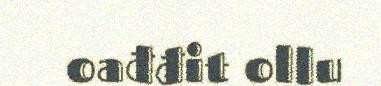
oađđit ollu